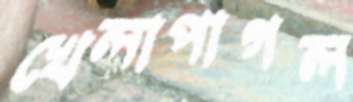
খেলাপাগল